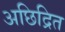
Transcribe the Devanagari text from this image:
अछिद्रित